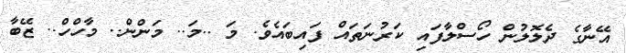
އޭނާގެ ދެލޮލުން ހޯސްލާފައި ކަރުނަތައް ފައިބައެވެ. މަ ..މަ.. މަންން.. މާހްހް.. ޒޭބާ